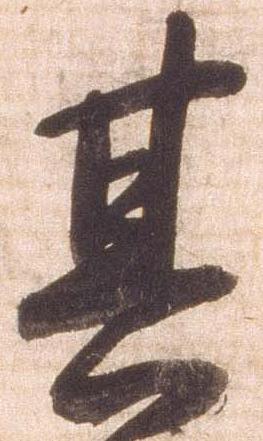
其